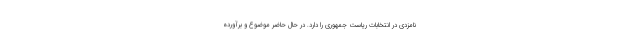
نامزدی در انتخابات ریاست جمهوری را دارد. در حال حاضر موضوع و برآورده